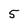
Character: 5